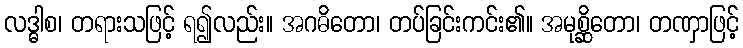
လဒ္ဓါစ၊ တရားသဖြင့် ရ၍လည်း။ အဂဓိတော၊ တပ်ခြင်းကင်း၏။ အမုစ္ဆိတော၊ တဏှာဖြင့်